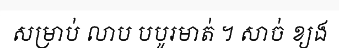
សម្រាប់ លាប បបូរមាត់ ។ សាច់ ខ្យង